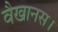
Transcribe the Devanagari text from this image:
वैखानस।